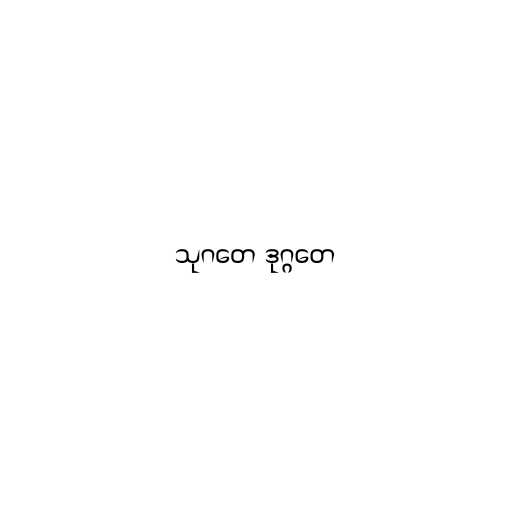
သုဂတေ ဒုဂ္ဂတေ